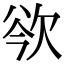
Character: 𣢲